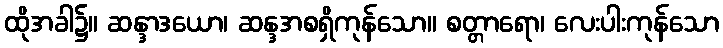
ထိုအခါ၌။ ဆန္ဒာဒယော၊ ဆန္ဒအစရှိကုန်သော။ စတ္တာရော၊ လေးပါးကုန်သော